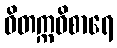
ဝိတက္ကဝိစာရေ